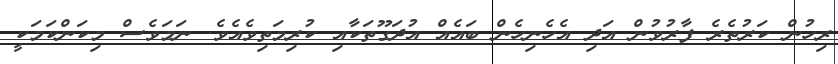
ރިހުން ކަރުތެރެ ފާރުވުން އަދި އެހެނިހެން ބައެއް އުދަގޫތަކާއި ކުރިމަތިވެއެވެ. ނަމަވެސް މިކަންކަމަކީ